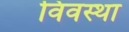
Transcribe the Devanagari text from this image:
विवस्था